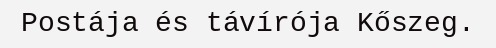
Postája és távírója Kőszeg.